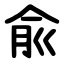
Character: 兪